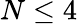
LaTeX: N\leq 4